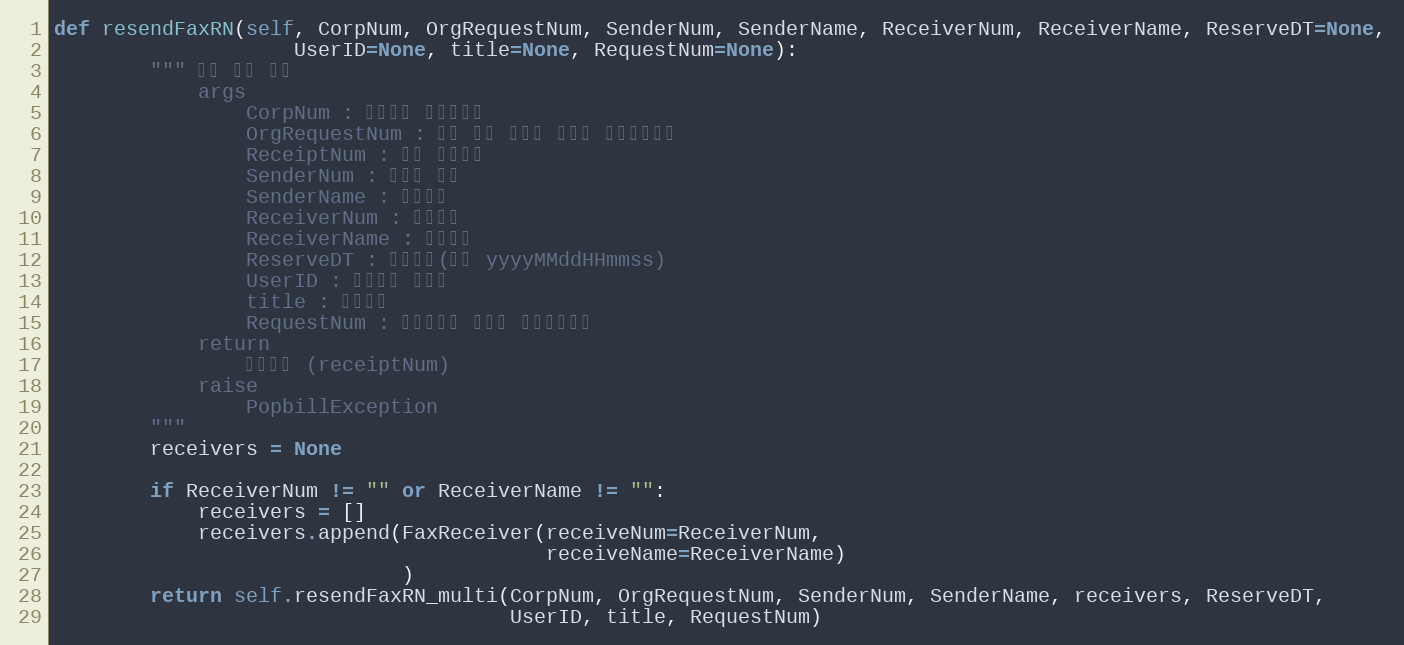
Language: Python
def resendFaxRN(self, CorpNum, OrgRequestNum, SenderNum, SenderName, ReceiverNum, ReceiverName, ReserveDT=None,
                    UserID=None, title=None, RequestNum=None):
        """ 팩스 단건 전송
            args
                CorpNum : 팝빌회원 사업자번호
                OrgRequestNum : 원본 팩스 전송시 할당한 전송요청번호
                ReceiptNum : 팩스 접수번호
                SenderNum : 발신자 번호
                SenderName : 발신자명
                ReceiverNum : 수신번호
                ReceiverName : 수신자명
                ReserveDT : 예약시간(형식 yyyyMMddHHmmss)
                UserID : 팝빌회원 아이디
                title : 팩스제목
                RequestNum : 전송요청시 할당한 전송요청번호
            return
                접수번호 (receiptNum)
            raise
                PopbillException
        """
        receivers = None

        if ReceiverNum != "" or ReceiverName != "":
            receivers = []
            receivers.append(FaxReceiver(receiveNum=ReceiverNum,
                                         receiveName=ReceiverName)
                             )
        return self.resendFaxRN_multi(CorpNum, OrgRequestNum, SenderNum, SenderName, receivers, ReserveDT,
                                      UserID, title, RequestNum)